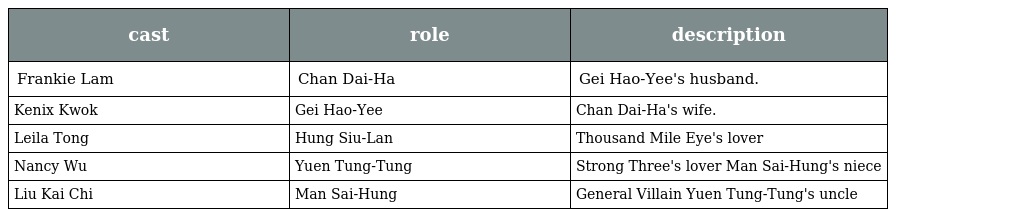
| cast | role | description |
 | --- | --- | --- |
 | Frankie Lam | Chan Dai-Ha 陳大蝦 | Gei Hao-Yee's husband. |
 | Kenix Kwok | Gei Hao-Yee 紀巧兒 | Chan Dai-Ha's wife. |
 | Leila Tong | Hung Siu-Lan 洪小蘭 | Thousand Mile Eye's lover |
 | Nancy Wu | Yuen Tung-Tung 阮彤彤 | Strong Three's lover Man Sai-Hung's niece |
 | Liu Kai Chi | Man Sai-Hung 萬世雄 | General Villain Yuen Tung-Tung's uncle |